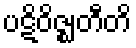
ပဋိဝိဇ္ဈတီတိ